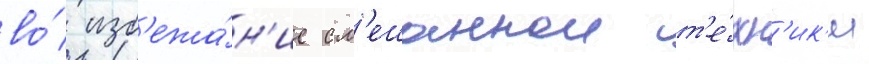
во́ изб'ежа́н'ие см'ешаннои т'е́хн'ик'и